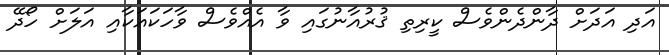
އަދި އަދަށް ދާންދެންވެސް ކީރިތި ޤުރުއާނުގައި ވާ އެއްވެސް ވާހަކައަކާއި އަލަށް ހޯދޭ